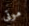
موتى